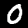
Digit: 0